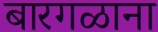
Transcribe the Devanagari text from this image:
बारगळाना